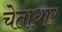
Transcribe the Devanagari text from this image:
चेताधार